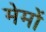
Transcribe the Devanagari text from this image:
मेमों